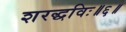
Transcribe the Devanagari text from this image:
शरद्धविः॥६॥